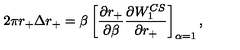
2 \pi r _ { + } \Delta r _ { + } = \beta \left[ { \frac { \partial { r _ { + } } } { \partial \beta } } { \frac { \partial { W _ { 1 } ^ { C S } } } { \partial r _ { + } } } \right] _ { \alpha = 1 } ,